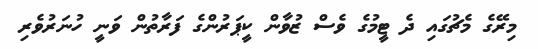
މިރޭގެ މެެޗުގައި ދެ ޓީމުގެ ވެސް ޒުވާން ކީޕަރުންގެ ފަރާތުން ވަނީ ހުނަރުވެރި